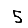
Digit: 5